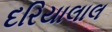
દરિયાલાલ